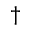
^ \dagger